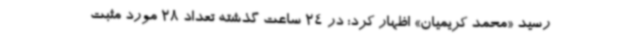
رسید «محمد کریمیان» اظهار کرد: در 24 ساعت گذشته تعداد 28 مورد مثبت